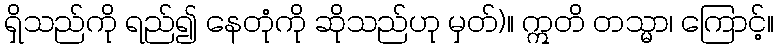
ရှိသည်ကို ရည်၍ နေတုံကို ဆိုသည်ဟု မှတ်)။ ဣတိ တသ္မာ၊ ကြောင့်။